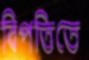
বিপত্তিতে